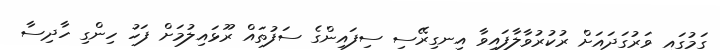
ގަމުގައި ވަރުގަދައަށް ރުކުރުވާލާފައިވާ އިނގިރޭސި ސިފައިންގެ ސަފުތައް ރޫޅައިލުމަށް ފަހު ހިންގި ހާދިސާ